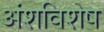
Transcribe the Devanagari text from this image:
अंशविशेष